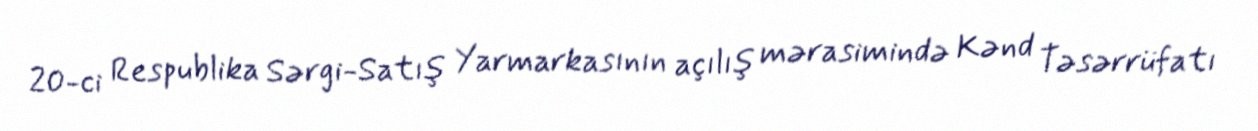
20-ci Respublika Sərgi-Satış Yarmarkasının açılış mərasimində Kənd Təsərrüfatı